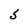
Character: S